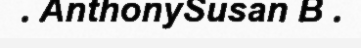
. AnthonySusan B .